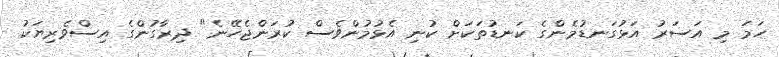
ހަމަ މި އަސަރު އަޅުގަނޑުމެންގެ ކަނޑުތަކަށް ކުނި އެޅުމުންވެސް ކުރަންޖެހޭނެ" ދިރާގުންގެ އިސްވެރިޔަކު